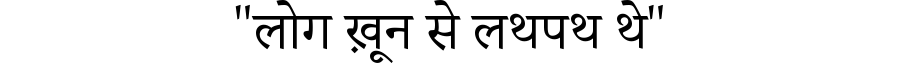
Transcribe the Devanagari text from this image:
"लोग ख़ून से लथपथ थे"